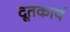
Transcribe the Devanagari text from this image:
दूतकार्य